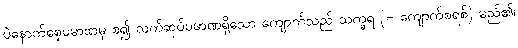
ပဲနောက်စေ့ပမာဏမှ စ၍ လက်ဆုပ်ပမာဏရှိသော ကျောက်သည် သက္ခရ (= ကျောက်စရစ်) မည်၏၊